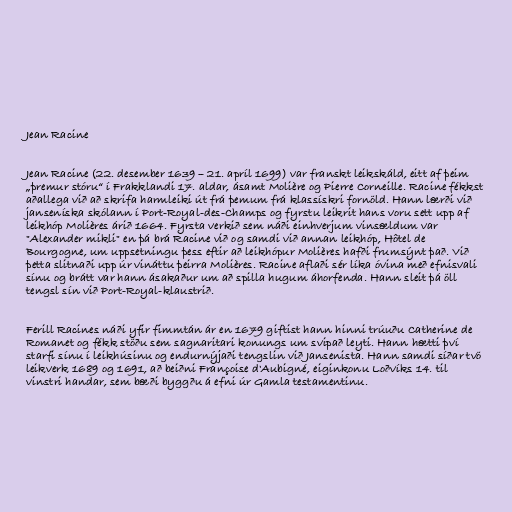
Jean Racine

Jean Racine (22. desember 1639 – 21. apríl 1699) var franskt leikskáld, eitt af þeim
„þremur stóru“ í Frakklandi 17. aldar, ásamt Molière og Pierre Corneille. Racine fékkst
aðallega við að skrifa harmleiki út frá þemum frá klassískri fornöld. Hann lærði við
janseníska skólann í Port-Royal-des-Champs og fyrstu leikrit hans voru sett upp af
leikhóp Molières árið 1664. Fyrsta verkið sem náði einhverjum vinsældum var
"Alexander mikli" en þá brá Racine við og samdi við annan leikhóp, Hôtel de
Bourgogne, um uppsetningu þess eftir að leikhópur Molières hafði frumsýnt það. Við
þetta slitnaði upp úr vináttu þeirra Molières. Racine aflaði sér líka óvina með efnisvali
sínu og brátt var hann ásakaður um að spilla hugum áhorfenda. Hann sleit þá öll
tengsl sín við Port-Royal-klaustrið.

Ferill Racines náði yfir fimmtán ár en 1679 giftist hann hinni trúuðu Catherine de
Romanet og fékk stöðu sem sagnaritari konungs um svipað leyti. Hann hætti því
starfi sínu í leikhúsinu og endurnýjaði tengslin við Jansenista. Hann samdi síðar tvö
leikverk 1689 og 1691, að beiðni Françoise d'Aubigné, eiginkonu Loðvíks 14. til
vinstri handar, sem bæði byggðu á efni úr Gamla testamentinu.